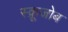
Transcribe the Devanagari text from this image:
स्क्रूजोब